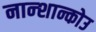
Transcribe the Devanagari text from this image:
नान्शान्कोउ